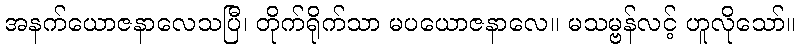
အနက်ယောဇနာလေသပြီ၊ တိုက်ရိုက်သာ မပယောဇနာလေ။ မသမ္ဗန်လင့် ဟူလိုသော်။